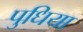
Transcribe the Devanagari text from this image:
पुधिया